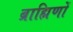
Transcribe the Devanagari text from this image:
ब्राह्मिणों